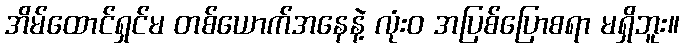
အိမ်ထောင်ရှင်မ တစ်ယောက်အနေနဲ့ လုံးဝ အပြစ်ပြောစရာ မရှိဘူး။